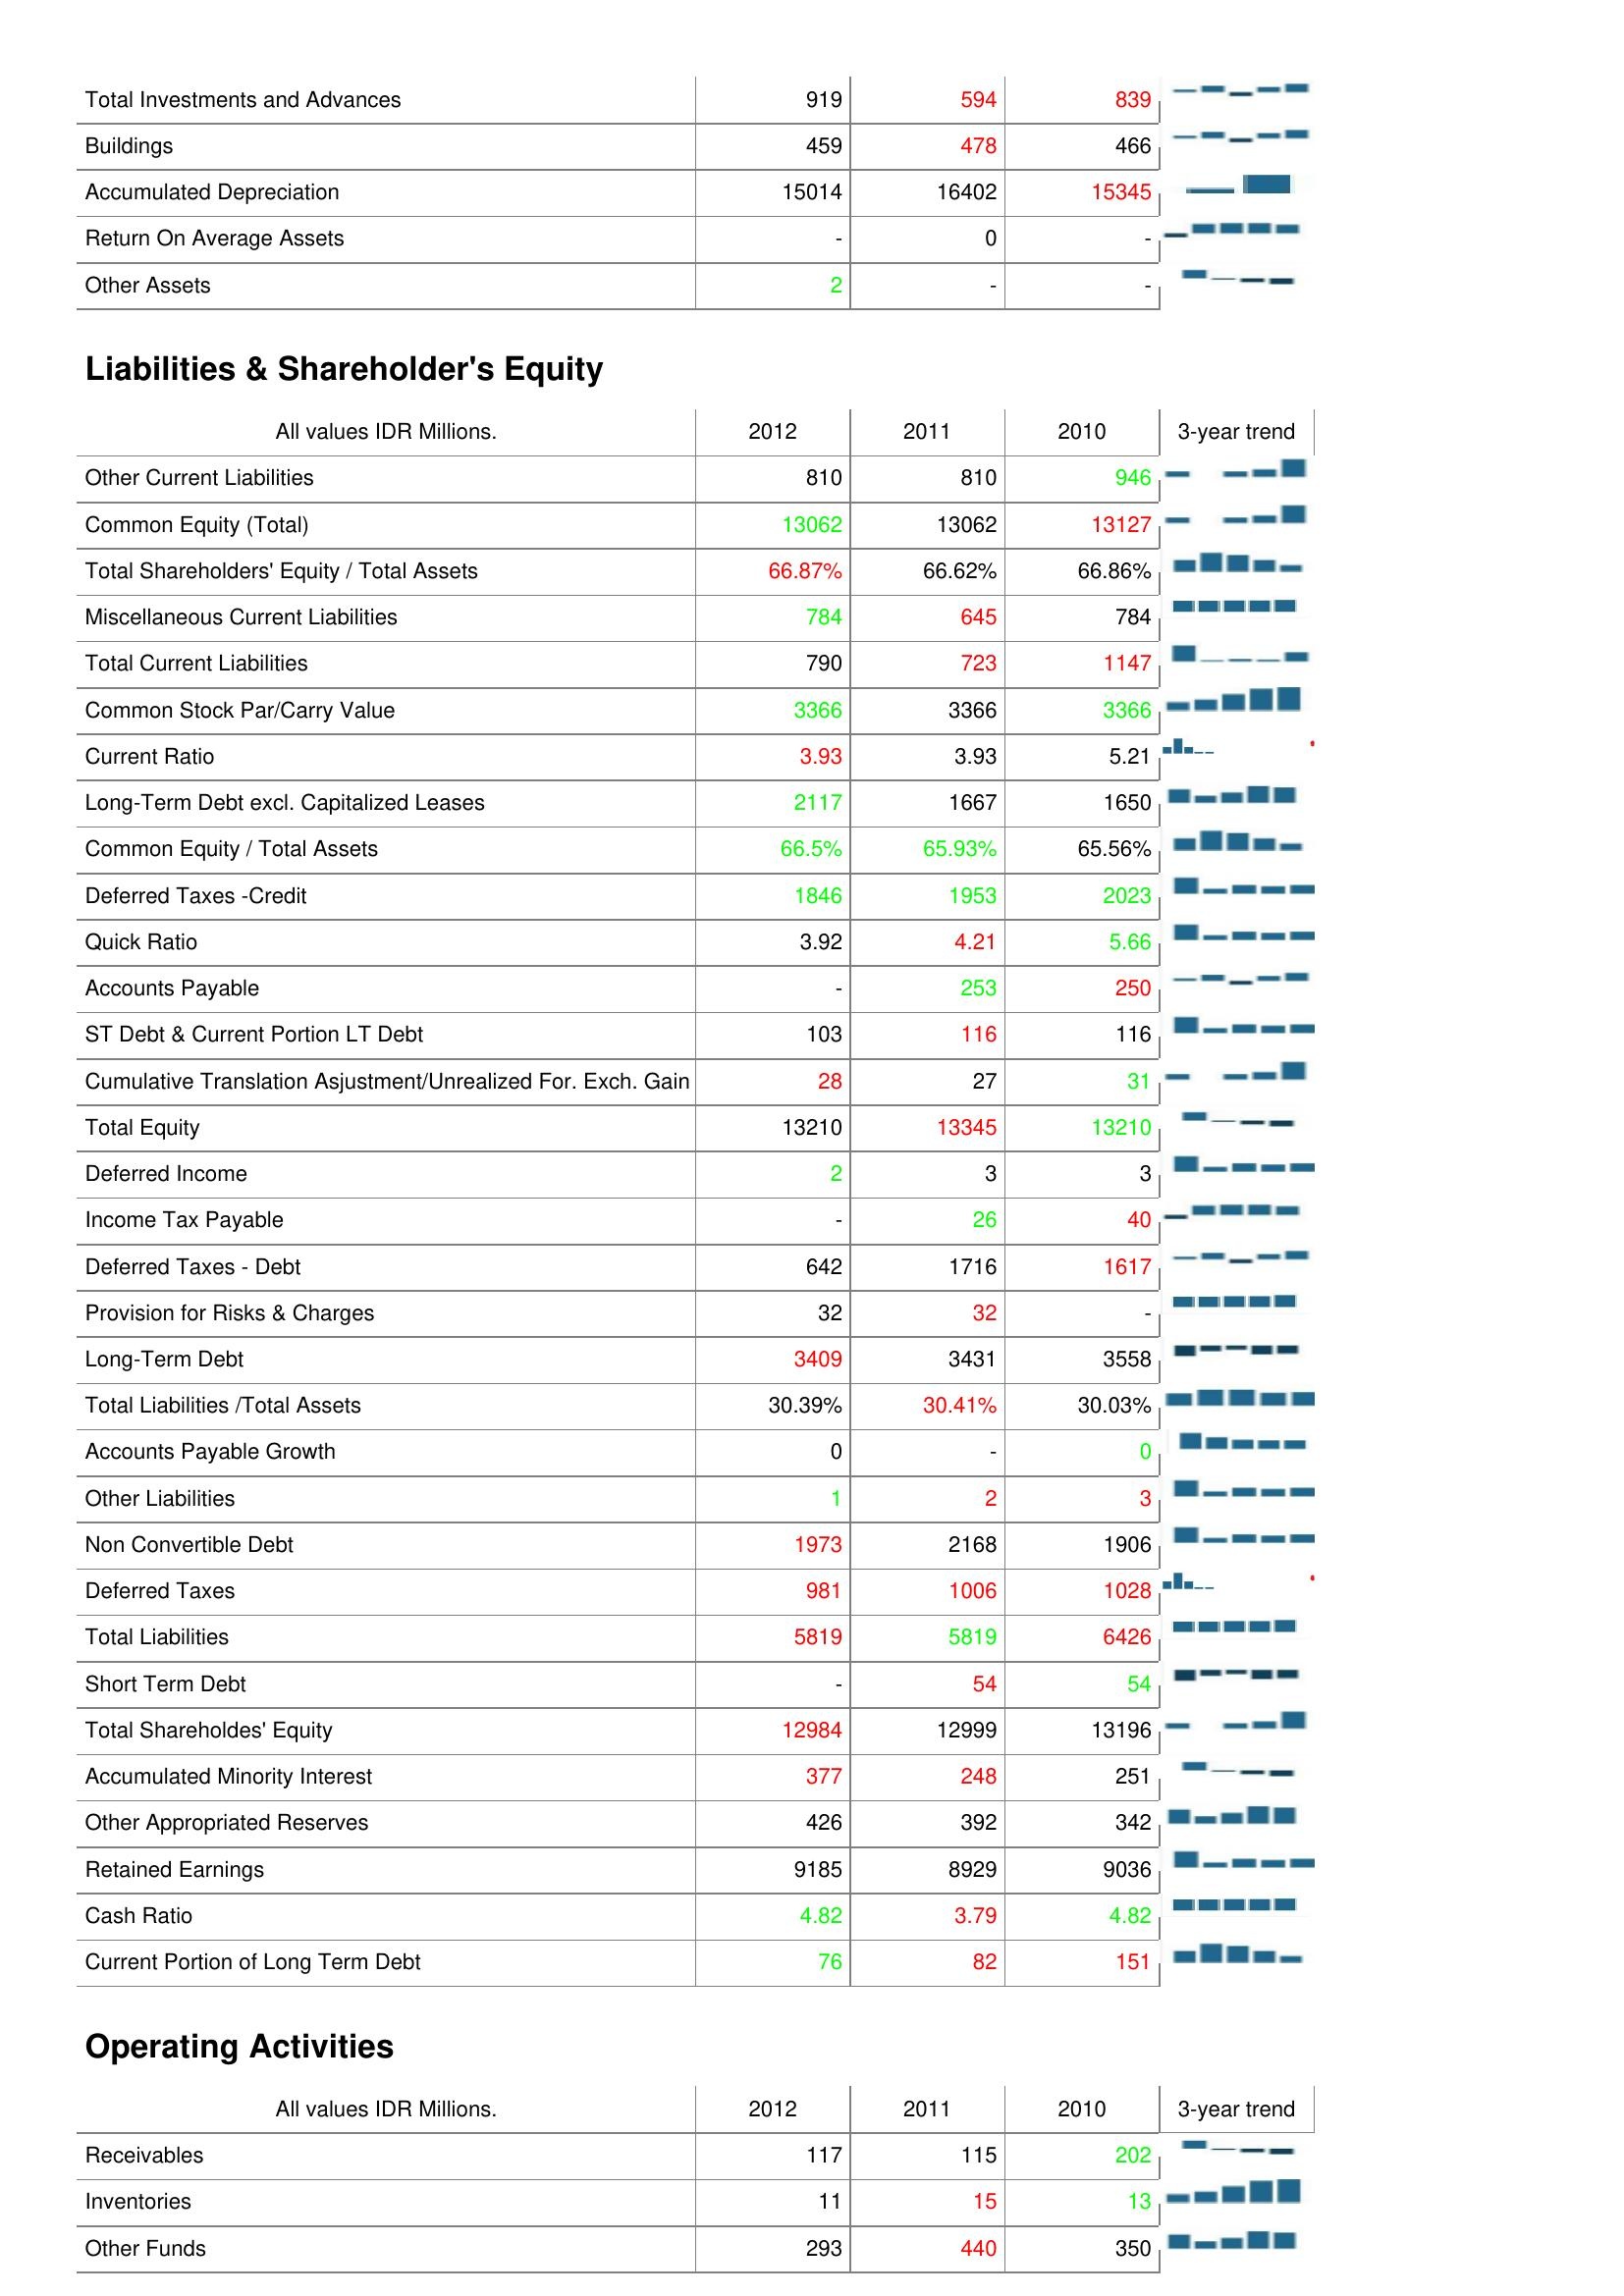
2012: Assets: Total Investments and Advances: 919
Buildings: 459
Accumulated Depreciation: 15014
Return On Average Assets: -
Other Assets: 2
Liabilities & Shareholder's Equity: Other Current Liabilities: 810
Common Equity (Total): 13062
Total Shareholders' Equity / Total Assets: 66.87%
Miscellaneous Current Liabilities: 784
Total Current Liabilities: 790
Common Stock Par/Carry Value: 3366
Current Ratio: 3.93
Long-Term Debt excl. Capitalized Leases: 2117
Common Equity / Total Assets: 66.5%
Deferred Taxes -Credit: 1846
Quick Ratio: 3.92
Accounts Payable: -
ST Debt & Current Portion LT Debt: 103
Cumulative Translation Asjustment/Unrealized For. Exch. Gain: 28
Total Equity: 13210
Deferred Income: 2
Income Tax Payable: -
Deferred Taxes - Debt: 642
Provision for Risks & Charges: 32
Long-Term Debt: 3409
Total Liabilities /Total Assets: 30.39%
Accounts Payable Growth: 0
Other Liabilities: 1
Non Convertible Debt: 1973
Deferred Taxes: 981
Total Liabilities: 5819
Short Term Debt: -
Total Shareholdes' Equity: 12984
Accumulated Minority Interest: 377
Other Appropriated Reserves: 426
Retained Earnings: 9185
Cash Ratio: 4.82
Current Portion of Long Term Debt: 76
Operating Activities: Receivables: 117
Inventories: 11
Other Funds: 293
2011: Assets: Total Investments and Advances: 594
Buildings: 478
Accumulated Depreciation: 16402
Return On Average Assets: 0
Other Assets: -
Liabilities & Shareholder's Equity: Other Current Liabilities: 810
Common Equity (Total): 13062
Total Shareholders' Equity / Total Assets: 66.62%
Miscellaneous Current Liabilities: 645
Total Current Liabilities: 723
Common Stock Par/Carry Value: 3366
Current Ratio: 3.93
Long-Term Debt excl. Capitalized Leases: 1667
Common Equity / Total Assets: 65.93%
Deferred Taxes -Credit: 1953
Quick Ratio: 4.21
Accounts Payable: 253
ST Debt & Current Portion LT Debt: 116
Cumulative Translation Asjustment/Unrealized For. Exch. Gain: 27
Total Equity: 13345
Deferred Income: 3
Income Tax Payable: 26
Deferred Taxes - Debt: 1716
Provision for Risks & Charges: 32
Long-Term Debt: 3431
Total Liabilities /Total Assets: 30.41%
Accounts Payable Growth: -
Other Liabilities: 2
Non Convertible Debt: 2168
Deferred Taxes: 1006
Total Liabilities: 5819
Short Term Debt: 54
Total Shareholdes' Equity: 12999
Accumulated Minority Interest: 248
Other Appropriated Reserves: 392
Retained Earnings: 8929
Cash Ratio: 3.79
Current Portion of Long Term Debt: 82
Operating Activities: Receivables: 115
Inventories: 15
Other Funds: 440
2010: Assets: Total Investments and Advances: 839
Buildings: 466
Accumulated Depreciation: 15345
Return On Average Assets: -
Other Assets: -
Liabilities & Shareholder's Equity: Other Current Liabilities: 946
Common Equity (Total): 13127
Total Shareholders' Equity / Total Assets: 66.86%
Miscellaneous Current Liabilities: 784
Total Current Liabilities: 1147
Common Stock Par/Carry Value: 3366
Current Ratio: 5.21
Long-Term Debt excl. Capitalized Leases: 1650
Common Equity / Total Assets: 65.56%
Deferred Taxes -Credit: 2023
Quick Ratio: 5.66
Accounts Payable: 250
ST Debt & Current Portion LT Debt: 116
Cumulative Translation Asjustment/Unrealized For. Exch. Gain: 31
Total Equity: 13210
Deferred Income: 3
Income Tax Payable: 40
Deferred Taxes - Debt: 1617
Provision for Risks & Charges: -
Long-Term Debt: 3558
Total Liabilities /Total Assets: 30.03%
Accounts Payable Growth: 0
Other Liabilities: 3
Non Convertible Debt: 1906
Deferred Taxes: 1028
Total Liabilities: 6426
Short Term Debt: 54
Total Shareholdes' Equity: 13196
Accumulated Minority Interest: 251
Other Appropriated Reserves: 342
Retained Earnings: 9036
Cash Ratio: 4.82
Current Portion of Long Term Debt: 151
Operating Activities: Receivables: 202
Inventories: 13
Other Funds: 350